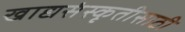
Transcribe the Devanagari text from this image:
खाद्यसंस्कृतीसाठी